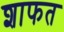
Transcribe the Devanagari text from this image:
शाफत